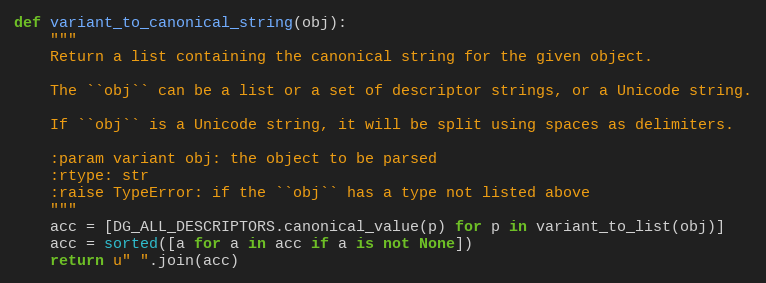
Language: Python
def variant_to_canonical_string(obj):
    """
    Return a list containing the canonical string for the given object.

    The ``obj`` can be a list or a set of descriptor strings, or a Unicode string.

    If ``obj`` is a Unicode string, it will be split using spaces as delimiters.

    :param variant obj: the object to be parsed
    :rtype: str
    :raise TypeError: if the ``obj`` has a type not listed above
    """
    acc = [DG_ALL_DESCRIPTORS.canonical_value(p) for p in variant_to_list(obj)]
    acc = sorted([a for a in acc if a is not None])
    return u" ".join(acc)